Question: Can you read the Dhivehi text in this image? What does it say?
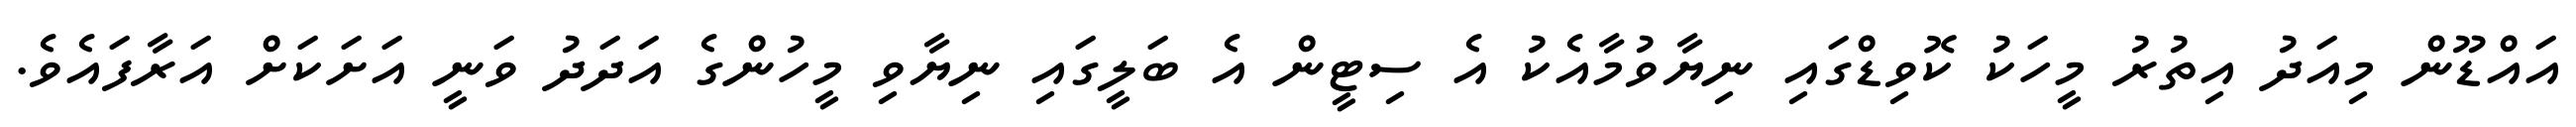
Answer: އައްޑޫން މިއަދު އިތުރު މީހަކު ކޮވިޑްގައި ނިޔާވުމާއެކު އެ ސިޓީން އެ ބަލީގައި ނިޔާވި މީހުންގެ އަދަދު ވަނީ އަށަކަށް އަރާފައެވެ.